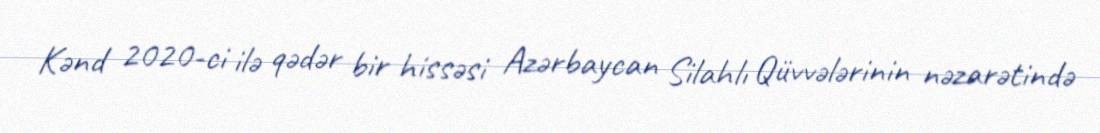
Kənd 2020-ci ilə qədər bir hissəsi Azərbaycan Silahlı Qüvvələrinin nəzarətində